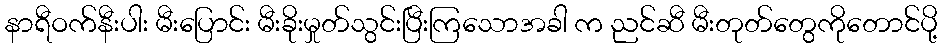
နာရီဝက်နီးပါး မီးပြောင်း မီးခိုးမှုတ်သွင်းပြီးကြသောအခါ က ညင်ဆီ မီးတုတ်တွေကိုတောင်ပို့